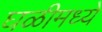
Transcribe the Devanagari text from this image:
घळीमध्ये